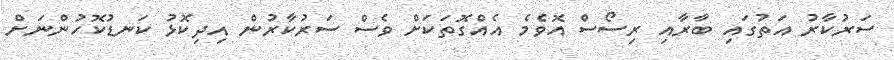
ސަރުކާރު އަތުގައި ބާރާއި ރިސޯސް އޮވެމެ އެއްގޮތަކަށް ވެސް ސަރުކާރުން އިދިކޮޅު ކަނޑުކޮހުންނަށް